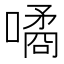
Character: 噊